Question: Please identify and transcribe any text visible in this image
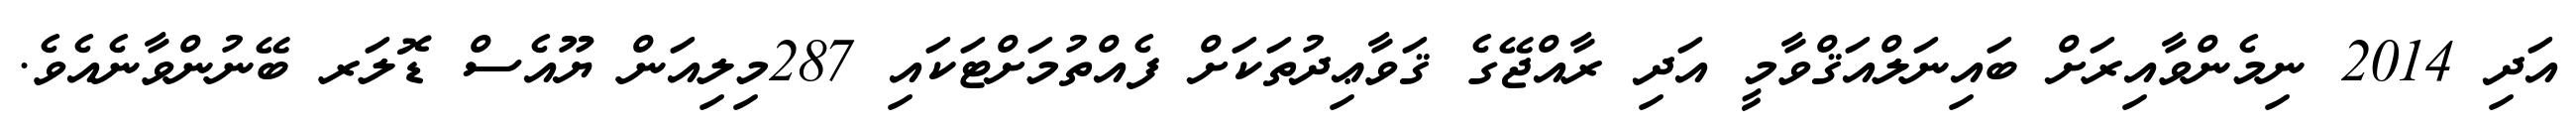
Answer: އަދި 2014 ނިމެންވާއިރަށް ބައިނަލްއަޤްވާމީ އަދި ރާއްޖޭގެ ޤަވާޢިދުތަކަށް ފެއްތުމަށްޓަކައި 287މިލިއަން ޔޫއެސް ޑޮލަރ ބޭނުންވާނެއެވެ.